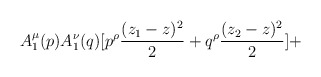
\begin{align*}A_1^\mu (p)A_1^\nu (q)[p ^\rho {(z_1-z)^2\over 2}+q ^\rho {(z_2-z)^2\over 2}]+\end{align*}